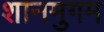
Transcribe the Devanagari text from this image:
शानमुगम